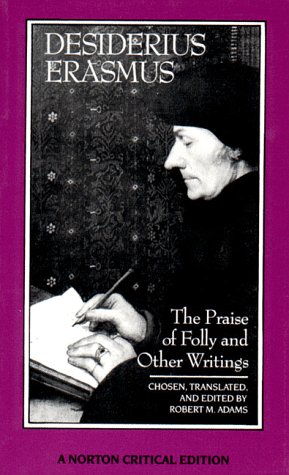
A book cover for The Praise of Folly and Other Writings (Norton Critical Editions); Desiderius Erasmus; Politics & Social Sciences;